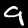
Digit: 9